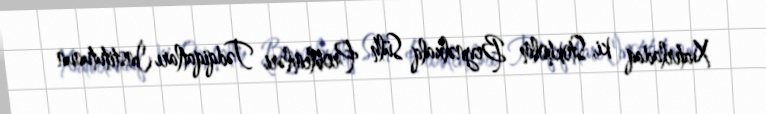
Xatırladaq ki, Stokholm Beynəlxalq Sülh Problemləri Tədqiqatları İnstitutunun